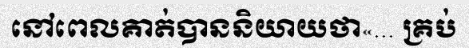
នៅពេលគាត់បាននិយាយថា«... គ្រប់